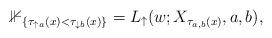
LaTeX: \begin{align*}\mathbb{1}_{\{\tau_{\uparrow a}(x)<\tau_{\downarrow b}(x)\}}=L_{\uparrow}(w;X_{\tau_{a,b}(x)}, a,b),\end{align*}